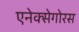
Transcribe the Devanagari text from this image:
एनेक्सेगोरस